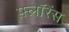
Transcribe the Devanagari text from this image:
फ़्लॉरेंस